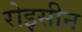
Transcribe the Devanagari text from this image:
रोइसीन